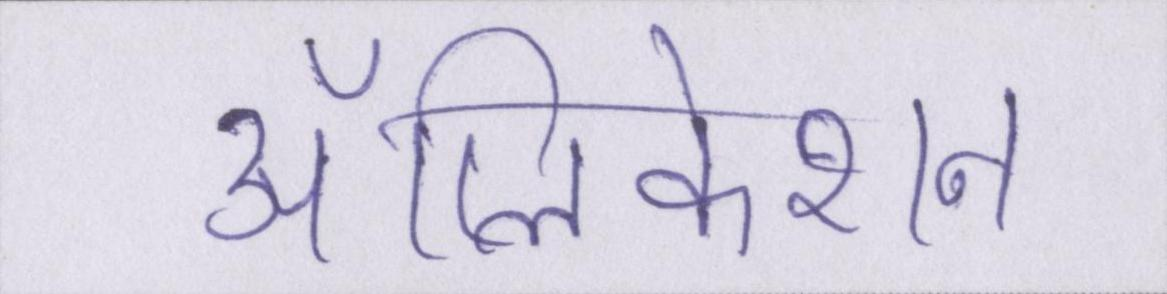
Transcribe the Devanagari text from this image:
ॲप्लिकेशन